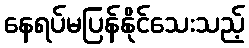
နေရပ်မပြန်နိုင်သေးသည့်